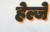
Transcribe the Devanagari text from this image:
हेल्जे